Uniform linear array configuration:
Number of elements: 8
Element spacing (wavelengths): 1
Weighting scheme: hamming
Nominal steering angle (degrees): -30
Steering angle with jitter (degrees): -29.971
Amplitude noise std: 0.05
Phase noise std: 0.05

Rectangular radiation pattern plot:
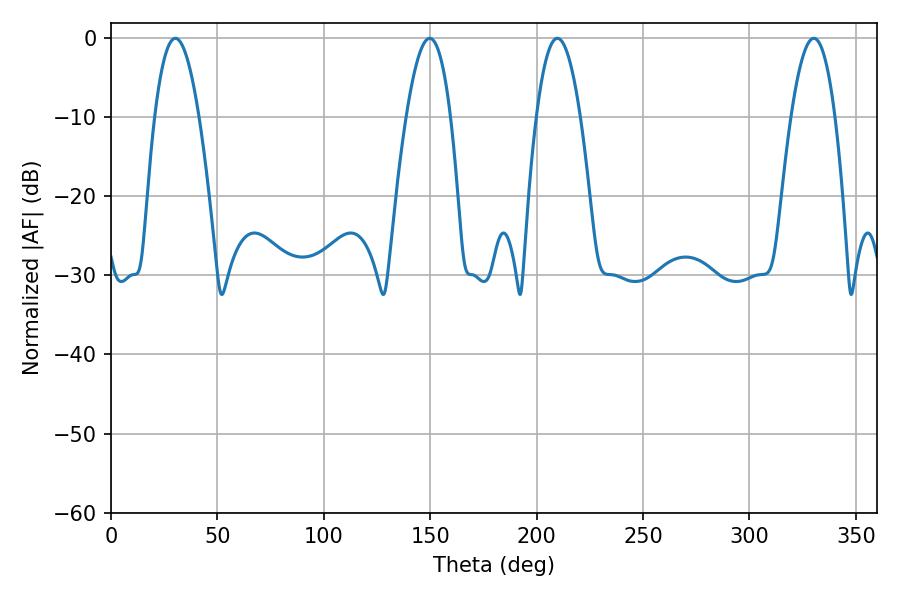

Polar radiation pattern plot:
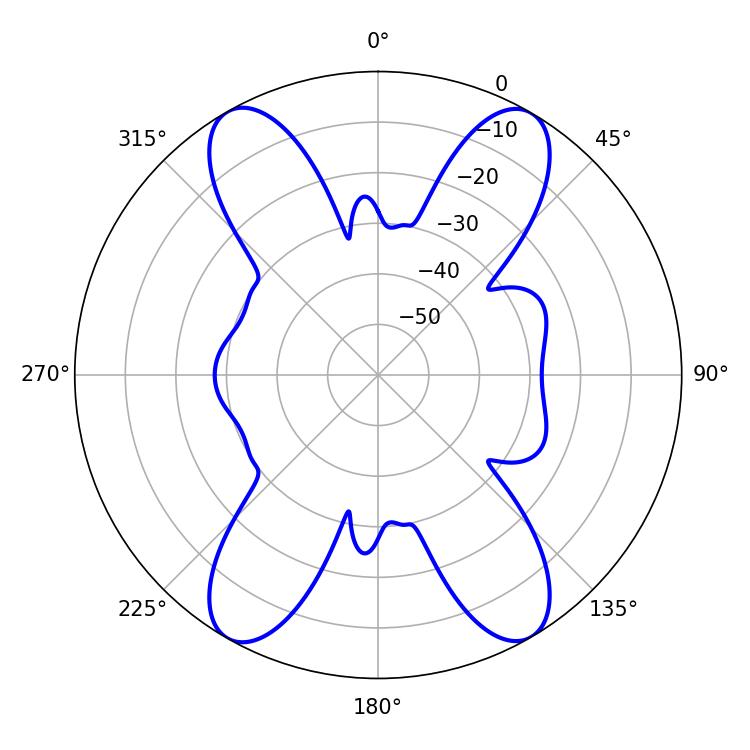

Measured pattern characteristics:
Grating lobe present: TRUE
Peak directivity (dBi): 24.627
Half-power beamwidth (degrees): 11.52
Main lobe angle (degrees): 30.24